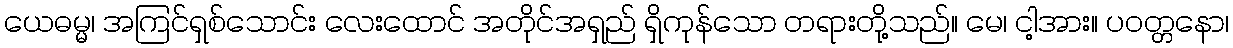
ယေဓမ္မ၊ အကြင်ရှစ်သောင်း လေးထောင် အတိုင်အရှည် ရှိကုန်သော တရားတို့သည်။ မေ၊ ငါ့အား။ ပဝတ္တနော၊